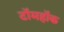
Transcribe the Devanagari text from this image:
टॉमहॉक